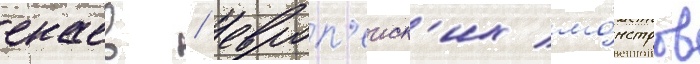
екаев / европ'еиск'их мо́нстров